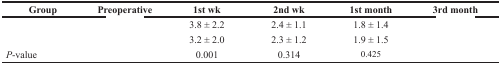
<table><thead><tr><td><b>Group</b></td><td><b>Preoperative</b></td><td><b>1st wk</b></td><td><b>2nd wk</b></td><td><b>1st month</b></td><td><b>3rd month</b></td></tr></thead><tbody><tr><td>[EMPTY_CELL]</td><td>[EMPTY_CELL]</td><td>3.8 ± 2.2</td><td>2.4 ± 1.1</td><td>1.8 ± 1.4</td><td>[EMPTY_CELL]</td></tr><tr><td>[EMPTY_CELL]</td><td>[EMPTY_CELL]</td><td>3.2 ± 2.0</td><td>2.3 ± 1.2</td><td>1.9 ± 1.5</td><td>[EMPTY_CELL]</td></tr><tr><td><i>P</i>-value</td><td>[EMPTY_CELL]</td><td>0.001</td><td>0.314</td><td>0.425</td><td>[EMPTY_CELL]</td></tr></tbody></table>